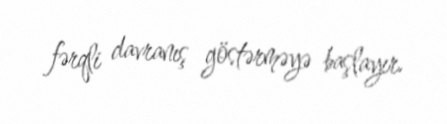
fərqli davranış göstərməyə başlayır.